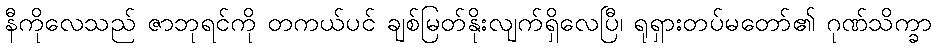
နီကိုလေသည် ဇာဘုရင်ကို တကယ်ပင် ချစ်မြတ်နိုးလျက်ရှိလေပြီ၊ ရုရှားတပ်မတော်၏ ဂုဏ်သိက္ခာ